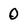
Character: 0